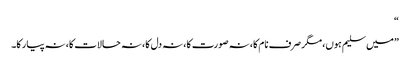
“
”میں سلیم ہوں، مگر صرف نام کا، نہ صورت کا، نہ دل کا، نہ حالات کا، نہ پیار کا۔